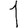
Digit: 1